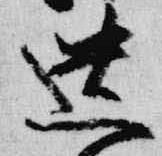
遺